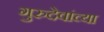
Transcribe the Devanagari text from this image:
गुरुदेवांच्या